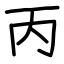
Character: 丙